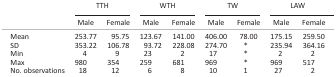
<table><thead><tr><td></td><td colspan="2"><b>TTH</b></td><td colspan="2"><b>WTH</b></td><td colspan="2"><b>TW</b></td><td colspan="2"><b>LAW</b></td></tr><tr><td></td><td><b>Male</b></td><td><b>Female</b></td><td><b>Male</b></td><td><b>Female</b></td><td><b>Male</b></td><td><b>Female</b></td><td><b>Male</b></td><td><b>Female</b></td></tr></thead><tbody><tr><td>Mean</td><td>253.77</td><td>95.75</td><td>123.67</td><td>141.00</td><td>406.00</td><td>78.00</td><td>175.15</td><td>259.50</td></tr><tr><td>SD</td><td>353.22</td><td>106.78</td><td>93.72</td><td>228.08</td><td>274.70</td><td>*</td><td>235.94</td><td>364.16</td></tr><tr><td>Min</td><td>4</td><td>9</td><td>23</td><td>2</td><td>17</td><td>*</td><td>2</td><td>2</td></tr><tr><td>Max</td><td>980</td><td>354</td><td>259</td><td>681</td><td>969</td><td>*</td><td>969</td><td>517</td></tr><tr><td>No. observations</td><td>18</td><td>12</td><td>6</td><td>8</td><td>10</td><td>1</td><td>27</td><td>2</td></tr></tbody></table>